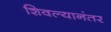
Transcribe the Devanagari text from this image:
शिवल्यानंतर